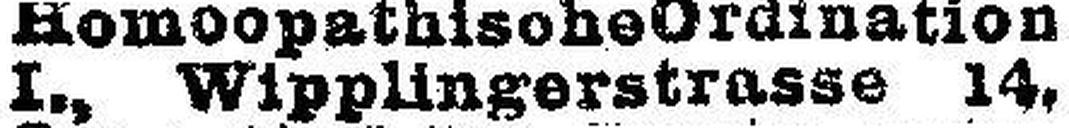
I., Wipplingerstrasse 14.